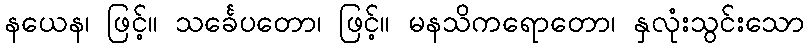
နယေန၊ ဖြင့်။ သင်္ခေပတော၊ ဖြင့်။ မနသိကရောတော၊ နှလုံးသွင်းသော